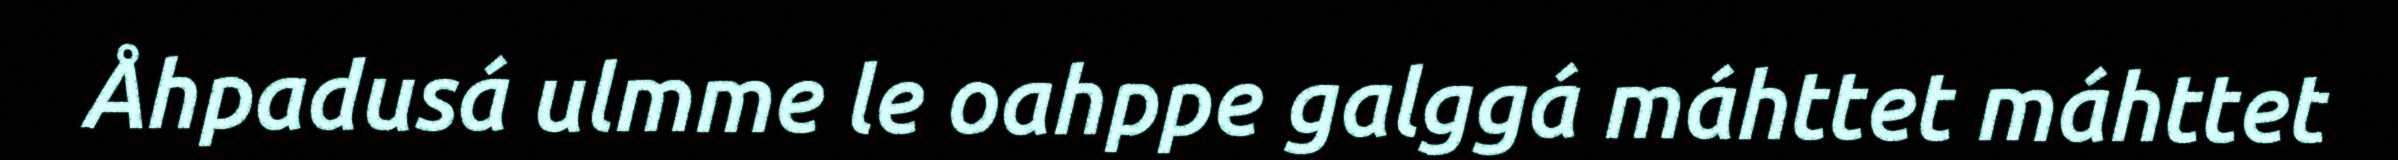
Åhpadusá ulmme le oahppe galggá máhttet máhttet